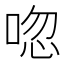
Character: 唿